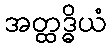
အတ္ထဒ္ဓိယံ